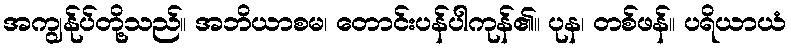
အကျွန်ုပ်တို့သည်။ အဘိယာစမ၊ တောင်းပန်ပါကုန်၏။ ပုန၊ တစ်ဖန်။ ပရိယာယံ